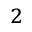
^ { 2 }